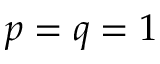
p = q = 1